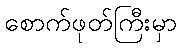
စောက်ဖုတ်ကြီးမှာ